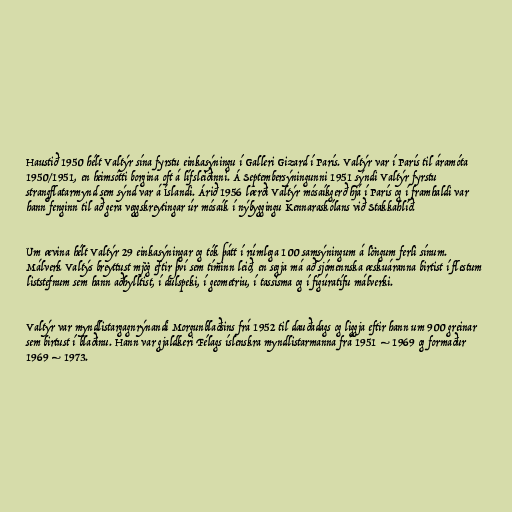
Haustið 1950 hélt Valtýr sína fyrstu einkasýningu í Galleri Gizard í París. Valtýr var í París til áramóta
1950/1951, en heimsótti borgina oft á lífsleiðinni. Á Septembersýningunni 1951 sýndi Valtýr fyrstu
strangflatarmynd sem sýnd var á Íslandi. Árið 1956 lærði Valtýr mósaíkgerð hjá í París og í framhaldi var
hann fenginn til að gera veggskreytingar úr mósaík í nýbyggingu Kennaraskólans við Stakkahlíð.

Um ævina hélt Valtýr 29 einkasýningar og tók þátt í rúmlega 100 samsýningum á löngum ferli sínum.
Málverk Valtýs breyttust mjög eftir því sem tíminn leið, en segja má að sjómennska æskuáranna birtist í flestum
liststefnum sem hann aðhylltist, í dulspeki, í geometriu, í tassisma og í fígúratífu málverki.

Valtýr var myndlistargagnrýnandi Morgunblaðsins frá 1952 til dauðadags og liggja eftir hann um 900 greinar
sem birtust í blaðinu. Hann var gjaldkeri Félags íslenskra myndlistarmanna frá 1951 – 1969 og formaður
1969 – 1973.